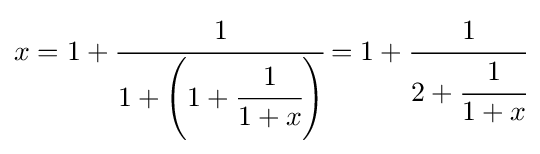
x=1+{\cfrac {1}{1+\left(1+{\cfrac {1}{1+x}}\right)}}=1+{\cfrac {1}{2+{\cfrac {1}{1+x}}}}